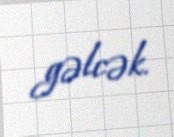
gəlcək.